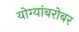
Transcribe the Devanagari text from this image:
योग्यांबरोबर